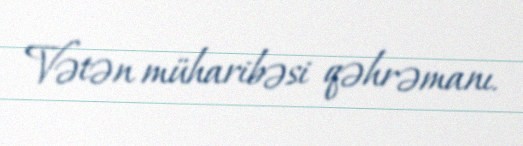
Vətən müharibəsi qəhrəmanı.